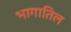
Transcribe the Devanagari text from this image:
भागातिल